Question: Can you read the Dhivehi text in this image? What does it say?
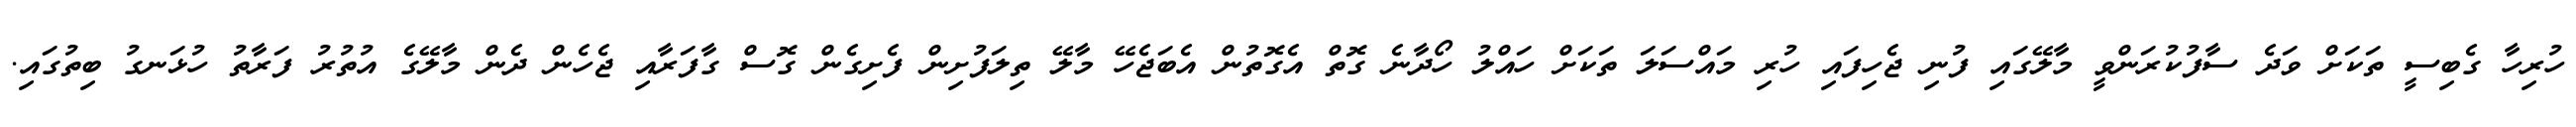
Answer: ހުރިހާ ގެބިސީ ތަކަށް ވަދެ ސާފުކުރަންވީ މާލޭގައި ފުނި ޖެހިފައި ހުރި މައްސަލަ ތަކަށް ހައްލު ހޯދާނެ ގޮތް އެގޮތުން އެބަޖެހޭ މާލޭ ތިލަފުށިން ފެށިގެން ގޮސް ގާފަރާއި ޖެހެން ދެން މާލޭގެ އުތުރު ފަރާތު ހުޅަނގު ބިތުގައި.